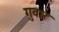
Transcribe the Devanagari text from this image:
गुवार